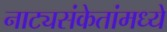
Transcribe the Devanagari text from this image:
नाट्यसंकेतांमध्ये